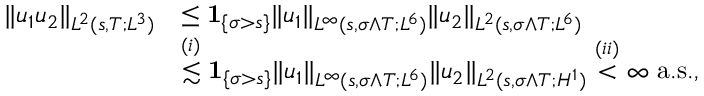
\begin{array} { r l } { \| u _ { 1 } u _ { 2 } \| _ { L ^ { 2 } ( s , T ; L ^ { 3 } ) } } & { \leq { { \bf 1 } } _ { \{ \sigma > s \} } \| u _ { 1 } \| _ { L ^ { \infty } ( s , \sigma \wedge T ; L ^ { 6 } ) } \| u _ { 2 } \| _ { L ^ { 2 } ( s , \sigma \wedge T ; L ^ { 6 } ) } } \\ & { \stackrel { ( i ) } { \lesssim } { { \bf 1 } } _ { \{ \sigma > s \} } \| u _ { 1 } \| _ { L ^ { \infty } ( s , \sigma \wedge T ; L ^ { 6 } ) } \| u _ { 2 } \| _ { L ^ { 2 } ( s , \sigma \wedge T ; H ^ { 1 } ) } \stackrel { ( i i ) } { < } \infty \ \mathrm { a . s . } , } \end{array}